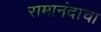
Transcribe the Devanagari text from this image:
रामानंदाचा